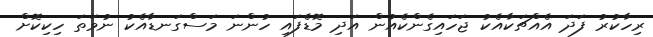
ރިހާކުރު ފަދަ އެއްޗަކާއެކު ޖަހައިގެންކެއުން އަދި މޮޑެފައި ހުންނަ މަސްގަނޑާއެކު ނުވަތަ ހިކިކޮށް